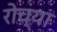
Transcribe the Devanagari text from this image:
रोच्या